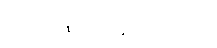
တံ - ထိုမာရ်နတ်မင်းကို၊